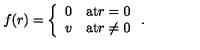
f ( r ) = \left\{ \begin{array} { l l } { 0 } & { \mathrm { a t } r = 0 } \\ { v } & { \mathrm { a t } r \ne 0 } \\ \end{array} \right. .